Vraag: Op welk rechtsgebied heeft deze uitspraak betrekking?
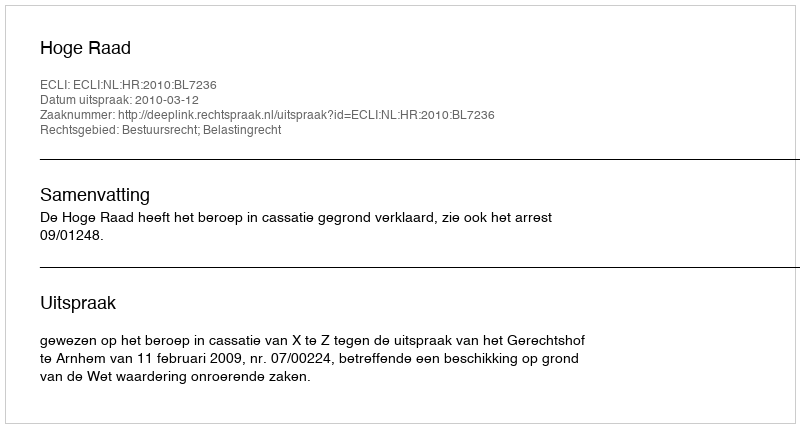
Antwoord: Bestuursrecht; Belastingrecht